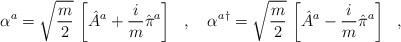
LaTeX: \begin{align*}\alpha^a=\sqrt{\frac{m}{2}}\,\left[\hat{A}^a+\frac{i}{m}\hat{\pi}^a\right]\ \ ,\ \ \ {\alpha^a}^\dagger=\sqrt{\frac{m}{2}}\,\left[\hat{A}^a-\frac{i}{m}\hat{\pi}^a\right]\ \ ,\end{align*}